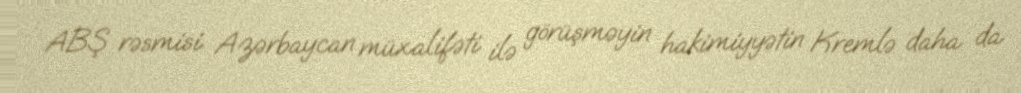
ABŞ rəsmisi Azərbaycan müxalifəti ilə görüşməyin hakimiyyətin Kremlə daha da